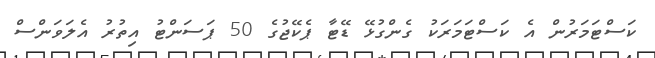
ކަސްޓަމަރުން އެ ކަސްޓަމަރަކު ގެންގުޅޭ ޑޭޓާ ޕެކޭޖުގެ 50 ޕަސަންޓު އިތުރު އެލަވަންސް